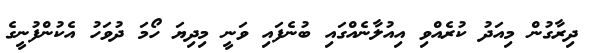
ދިރާގުން މިއަދު ކުރެއްވި އިއުލާނެއްގައި ބުނެފައި ވަނީ މިދިޔަ ހޯމަ ދުވަހު އެކުންފުނީގެ